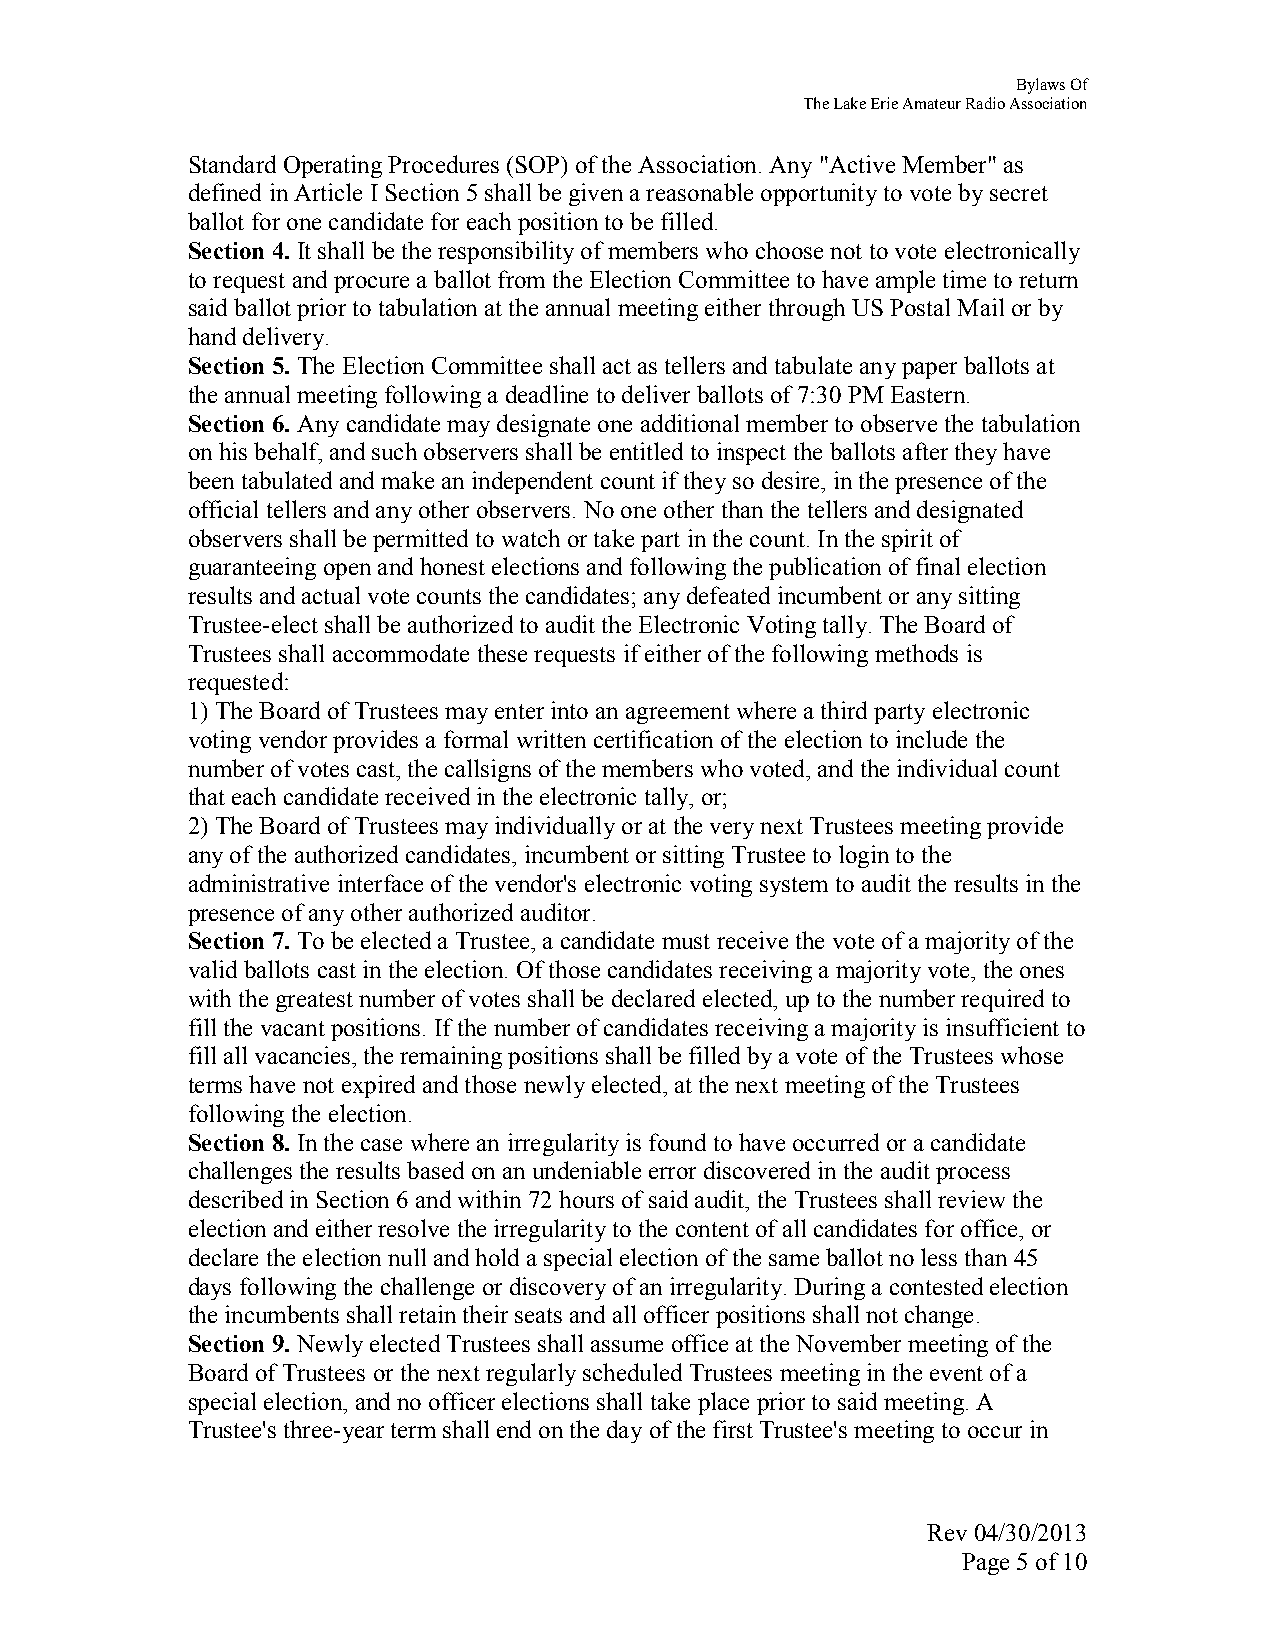
Bylaws Of
 The Lake Erie Amateur Radio Association
 Standard Operating Procedures (SOP) of the Association. Any "Active Member" as
 defined in Article I Section 5 shall be given a reasonable opportunity to vote by secret
 ballot for one candidate for each position to be filled.
 Section 4. It shall be the responsibility of members who choose not to vote electronically
 to request and procure a ballot from the Election Committee to have ample time to return
 said ballot prior to tabulation at the annual meeting either through US Postal Mail or by
 hand delivery.
 Section 5. The Election Committee shall act as tellers and tabulate any paper ballots at
 the annual meeting following a deadline to deliver ballots of 7:30 PM Eastern.
 Section 6. Any candidate may designate one additional member to observe the tabulation
 on his behalf, and such observers shall be entitled to inspect the ballots after they have
 been tabulated and make an independent count if they so desire, in the presence of the
 official tellers and any other observers. No one other than the tellers and designated
 observers shall be permitted to watch or take part in the count. In the spirit of
 guaranteeing open and honest elections and following the publication of final election
 results and actual vote counts the candidates; any defeated incumbent or any sitting
 Trustee-elect shall be authorized to audit the Electronic Voting tally. The Board of
 Trustees shall accommodate these requests if either of the following methods is
 requested:
 1) The Board of Trustees may enter into an agreement where a third party electronic
 voting vendor provides a formal written certification of the election to include the
 number of votes cast, the callsigns of the members who voted, and the individual count
 that each candidate received in the electronic tally, or;
 2) The Board of Trustees may individually or at the very next Trustees meeting provide
 any of the authorized candidates, incumbent or sitting Trustee to login to the
 administrative interface of the vendor's electronic voting system to audit the results in the
 presence of any other authorized auditor.
 Section 7. To be elected a Trustee, a candidate must receive the vote of a majority of the
 valid ballots cast in the election. Of those candidates receiving a majority vote, the ones
 with the greatest number of votes shall be declared elected, up to the number required to
 fill the vacant positions. If the number of candidates receiving a majority is insufficient to
 fill all vacancies, the remaining positions shall be filled by a vote of the Trustees whose
 terms have not expired and those newly elected, at the next meeting of the Trustees
 following the election.
 Section 8. In the case where an irregularity is found to have occurred or a candidate
 challenges the results based on an undeniable error discovered in the audit process
 described in Section 6 and within 72 hours of said audit, the Trustees shall review the
 election and either resolve the irregularity to the content of all candidates for office, or
 declare the election null and hold a special election of the same ballot no less than 45
 days following the challenge or discovery of an irregularity. During a contested election
 the incumbents shall retain their seats and all officer positions shall not change.
 Section 9. Newly elected Trustees shall assume office at the November meeting of the
 Board of Trustees or the next regularly scheduled Trustees meeting in the event of a
 special election, and no officer elections shall take place prior to said meeting. A
 Trustee's three-year term shall end on the day of the first Trustee's meeting to occur in
 Rev 04/30/2013
 Page 5 of 10